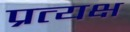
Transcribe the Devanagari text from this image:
प्रत्यक्ष